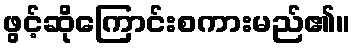
ဖွင့်ဆိုကြောင်းစကားမည်၏။